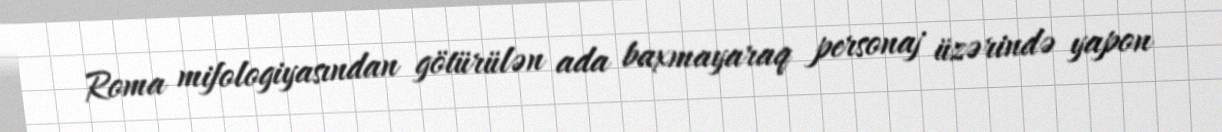
Roma mifologiyasından götürülən ada baxmayaraq personaj üzərində yapon